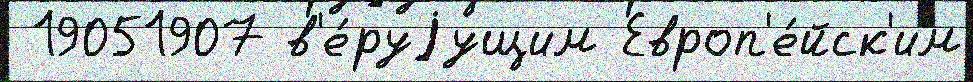
 19051907 в'е́руjущим Европ'е́йск'им